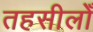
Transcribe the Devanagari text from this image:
तहसीलोँ